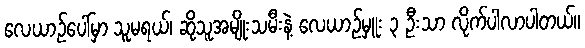
လေယာဉ်ပေါ်မှာ သူမရယ်၊ ဆိုသူအမျိုးသမီးနဲ့ လေယာဉ်မှူး ၃ ဦးသာ လိုက်ပါလာပါတယ်။